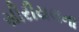
સીરીયલના